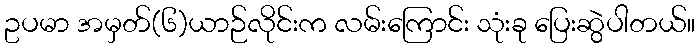
ဥပမာ အမှတ်(၆)ယာဉ်လိုင်းက လမ်းကြောင်း သုံးခု ပြေးဆွဲပါတယ်။